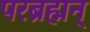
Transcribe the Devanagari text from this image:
परब्रह्मन्